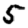
Digit: 5